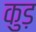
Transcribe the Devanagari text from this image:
कुड़